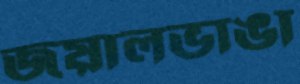
জয়ালভাঙা